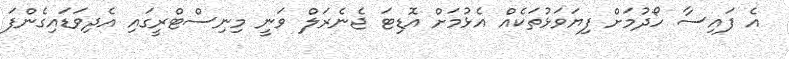
އެ ފައިސާ ހޯދުމަށް ފިޔަވަޅުތަކެއް އެޅުމަށް އޮޑިޓަ ޖެނެރަލް ވަނީ މިނިސްޓްރީގައި އެދިވަޑައިގެންފަ